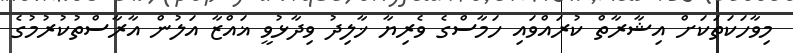
މިވާހަކަތަކަށް އިޝާރާތް ކުރައްވައި ހަމާސްގެ ވެރިޔާ ޚާލިދު ވިދާޅުވީ ޣައްޒާ އަލުން އާރާސްތުކުރުމުގެ